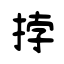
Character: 挬